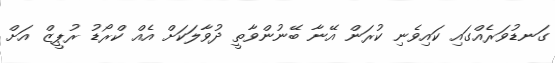
ގަނޑުވަރެއްގައި ކައިވެނި ކުރަން އޭނާ ބޭނުންވާތީ ދުވާލަކަށް އެއް ކްރޯޑު ރުޕީޒް އަށް